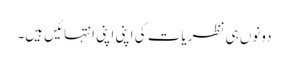
دونوں ہی نظریات کی اپنی اپنی انتہائیں ہیں۔